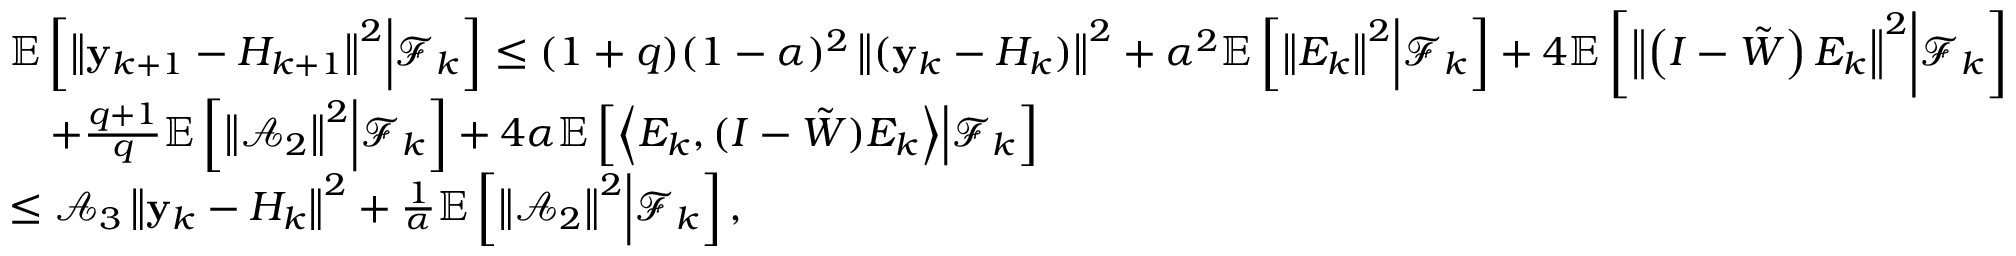
\begin{array} { r l } & { \mathbb { E } \left[ \left\Vert \mathbf { y } _ { k + 1 } - H _ { k + 1 } \right\Vert ^ { 2 } \middle | \mathcal { F } _ { k } \right] \leq ( 1 + q ) ( 1 - \alpha ) ^ { 2 } \left\Vert ( \mathbf { y } _ { k } - H _ { k } ) \right\Vert ^ { 2 } + \alpha ^ { 2 } \mathbb { E } \left[ \left\Vert E _ { k } \right\Vert ^ { 2 } \middle | \mathcal { F } _ { k } \right] + 4 \mathbb { E } \left[ \left\Vert \left( I - \tilde { W } \right) E _ { k } \right\Vert ^ { 2 } \middle | \mathcal { F } _ { k } \right] } \\ & { \quad + \frac { q + 1 } { q } \mathbb { E } \left[ \left\Vert \mathcal { A } _ { 2 } \right\Vert ^ { 2 } \middle | \mathcal { F } _ { k } \right] + 4 \alpha \mathbb { E } \left[ \left\langle E _ { k } , ( I - \tilde { W } ) E _ { k } \right\rangle \middle | \mathcal { F } _ { k } \right] } \\ & { \leq \mathcal { A } _ { 3 } \left\Vert \mathbf { y } _ { k } - H _ { k } \right\Vert ^ { 2 } + \frac { 1 } { \alpha } \mathbb { E } \left[ \left\Vert \mathcal { A } _ { 2 } \right\Vert ^ { 2 } \middle | \mathcal { F } _ { k } \right] , } \end{array}